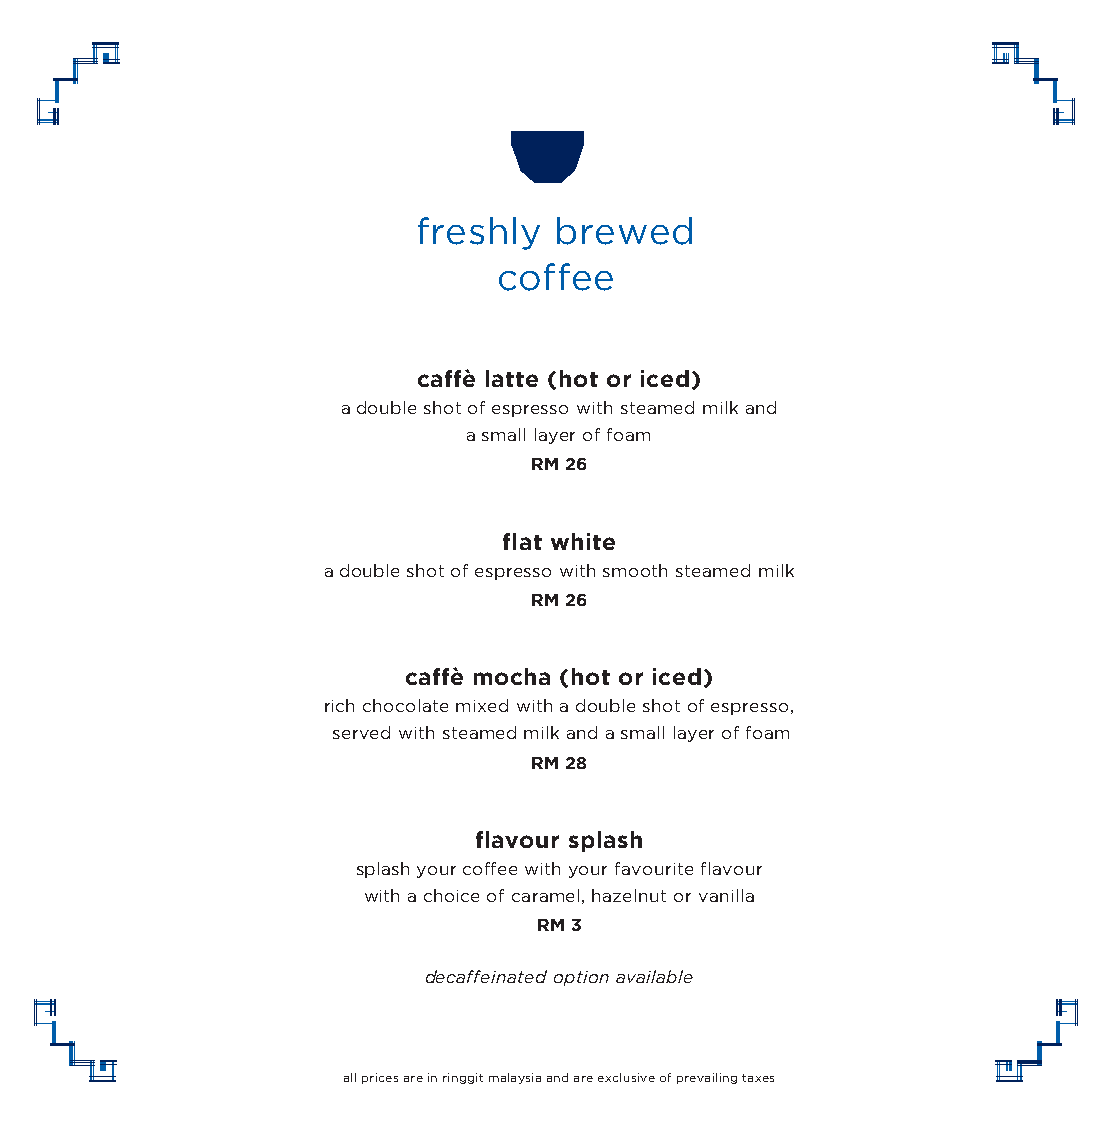
freshly  brewed
 coffee
 caffè latte (hot or iced)
 a double shot of espresso with steamed milk and
 a small layer of foam
 RM 26
 flat white
 a double shot of espresso with smooth steamed milk
 RM 26
 caffè mocha (hot or iced)
 rich chocolate mixed with a double shot of espresso,
 served with steamed milk and a small layer of foam
 RM 28
 flavour splash
 splash your coffee with your favourite flavour
 with a choice of caramel, hazelnut or vanilla
 RM 3
 decaffeinated option available
 all prices are in ringgit malaysia and are exclusive of prevailing taxes